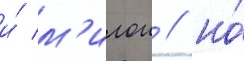
и́ м'илои / но́